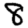
Digit: 8